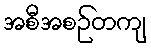
အစီအစဉ်တကျ